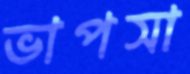
ভাপসা